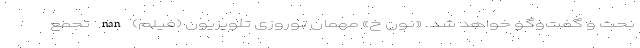
بحث و گفت‌وگو خواهد شد. «نون خ» مهمان نوروزی تلویزیون (فیلم) nan تجمع